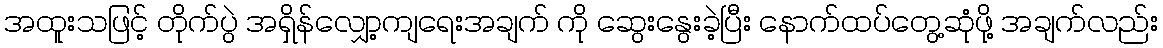
အထူးသဖြင့် တိုက်ပွဲ အရှိန်လျှော့ကျရေးအချက် ကို ဆွေးနွေးခဲ့ပြီး နောက်ထပ်တွေ့ဆုံဖို့ အချက်လည်း